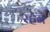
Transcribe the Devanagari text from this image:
रहेनें